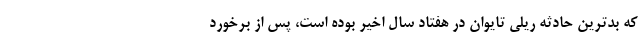
که بدترین حادثه ریلی تایوان در هفتاد سال اخیر بوده است، پس از برخورد